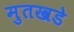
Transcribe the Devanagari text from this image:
मुतखडे